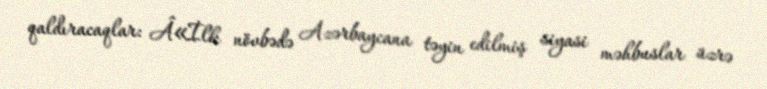
qaldıracaqlar: Â«İlk növbədə Azərbaycana təyin edilmiş siyasi məhbuslar üzrə